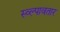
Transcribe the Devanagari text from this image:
स्व्ल्पावतार